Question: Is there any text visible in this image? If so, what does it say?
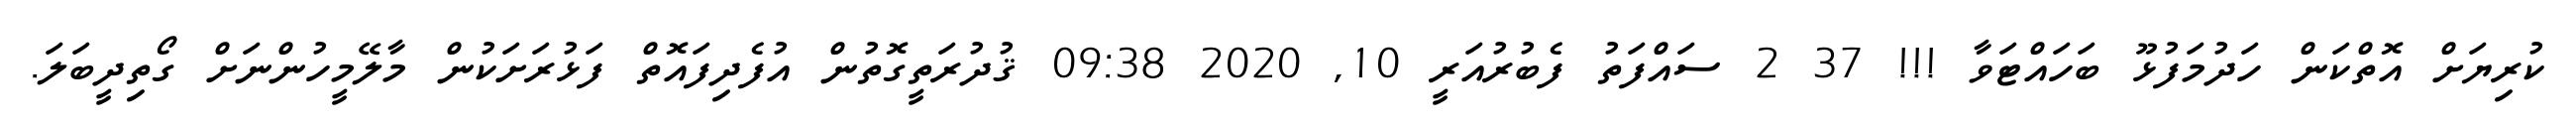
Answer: ކުރިޔަށް އޮތްކަން ހަދުމަފުޅޫ ބަހައްޓަވާ !!! 37 2 ސައްފަތު ފެބުރުއަރީ 10, 2020 09:38 ޤުދުރަތީގޮތުން އުފެދިފައޮތް ފަޅުރަށަކުން މާލޭމީހުންނަށް ގޯތިދީބަލަ.